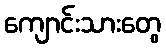
ကျောင်းသားတွေ